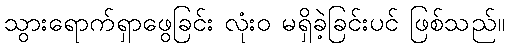
သွားရောက်ရှာဖွေခြင်း လုံးဝ မရှိခဲ့ခြင်းပင် ဖြစ်သည်။